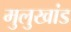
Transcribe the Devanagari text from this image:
मुलुखांड